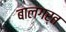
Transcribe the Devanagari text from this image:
बालगर्त